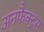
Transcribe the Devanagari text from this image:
अनफैक्ट्स